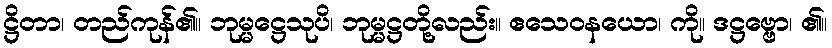
ဋ္ဌိတာ၊ တည်ကုန်၏။ ဘုမ္မဋ္ဌေသုပိ၊ ဘုမ္မဋ္ဌတို့လည်း။ ဧသေဝနယော၊ ကို။ ဒဋ္ဌဗ္ဗော၊ ၏။